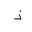
Letter: _thal